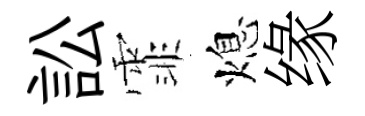
訟霏熄缘